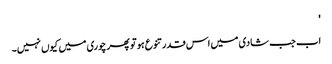
'
اب جب شادی میں اس قدر تنوع ہو تو پھر چوری میں کیوں نہیں۔